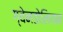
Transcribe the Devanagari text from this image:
ग्वेनडोलियन